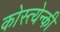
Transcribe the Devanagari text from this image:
कोस्त्येन्की